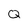
Character: Q